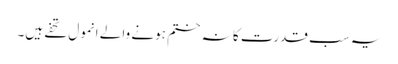
یہ سب قدرت کا نہ ختم ہونے والے انمول تحفے ہیں۔